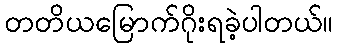
တတိယမြောက်ဂိုးရခဲ့ပါတယ်။